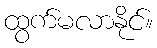
ထွက်မလာနိုင်။